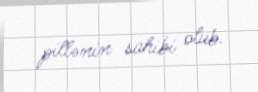
pillənin sahibi olub.